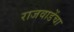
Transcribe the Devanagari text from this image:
राजवाडेंचा